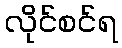
လိုင်စင်ရ